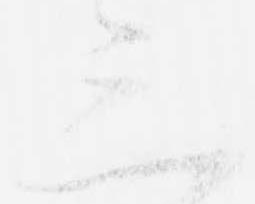
三